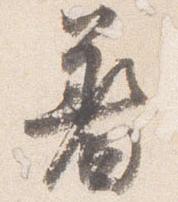
着